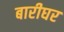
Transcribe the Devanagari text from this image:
बारीघर